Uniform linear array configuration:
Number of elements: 12
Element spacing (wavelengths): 0.25
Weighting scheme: exponential
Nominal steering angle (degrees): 0
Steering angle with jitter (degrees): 0.2808
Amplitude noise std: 0.05
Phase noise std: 0.05

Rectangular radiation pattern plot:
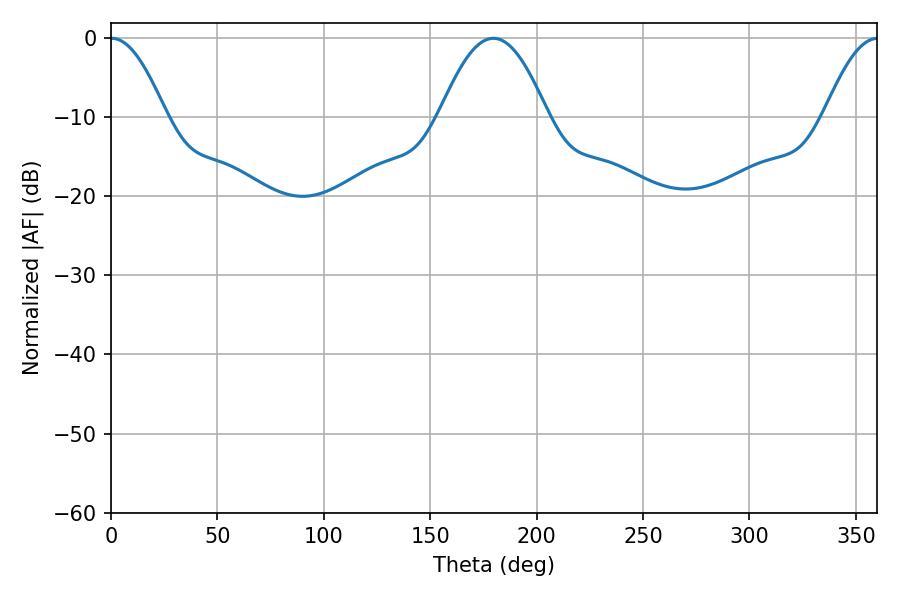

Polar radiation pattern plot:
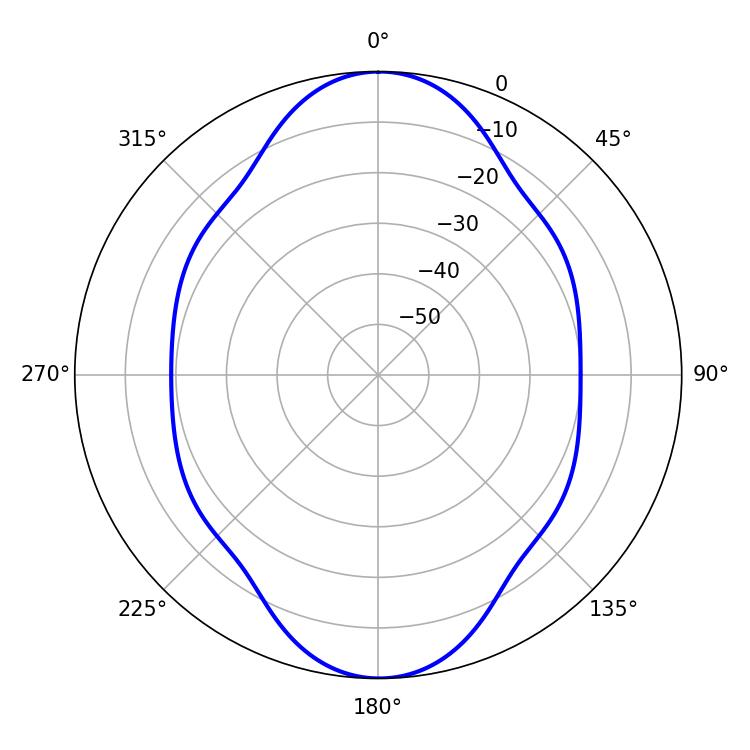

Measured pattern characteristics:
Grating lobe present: FALSE
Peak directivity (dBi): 28.65
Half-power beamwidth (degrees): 14.04
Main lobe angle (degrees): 0.36